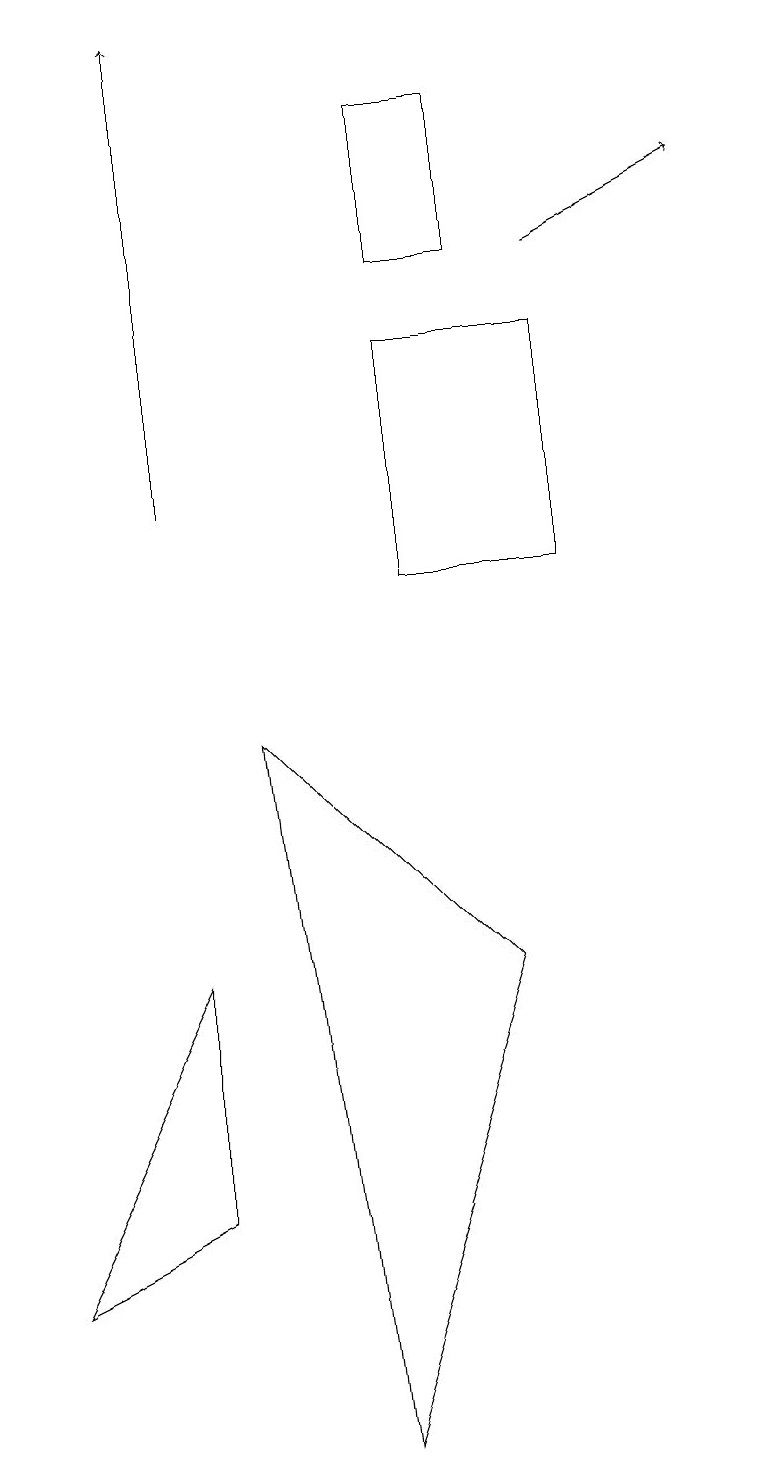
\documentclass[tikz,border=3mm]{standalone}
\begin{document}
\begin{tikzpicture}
\draw (0,2) -- (2,6) -- (2,3) -- cycle;
\draw (4,0) -- (3,9) -- (6,6) -- cycle;
\draw[->] (7,15) -- (9,16);
\draw[->] (2,12) -- (2,18);
\draw (6,17) rectangle (5,15);
\draw (7,11) rectangle (5,14);
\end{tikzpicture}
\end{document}